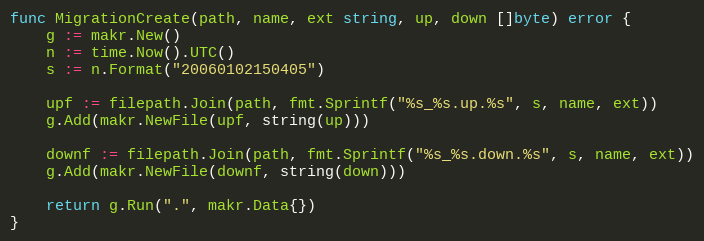
Language: Go
func MigrationCreate(path, name, ext string, up, down []byte) error {
	g := makr.New()
	n := time.Now().UTC()
	s := n.Format("20060102150405")

	upf := filepath.Join(path, fmt.Sprintf("%s_%s.up.%s", s, name, ext))
	g.Add(makr.NewFile(upf, string(up)))

	downf := filepath.Join(path, fmt.Sprintf("%s_%s.down.%s", s, name, ext))
	g.Add(makr.NewFile(downf, string(down)))

	return g.Run(".", makr.Data{})
}